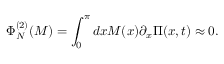
\Phi _ { N } ^ { ( 2 ) } ( M ) = \int _ { 0 } ^ { \pi } d x M ( x ) \partial _ { x } \Pi ( x , t ) \approx 0 .